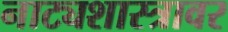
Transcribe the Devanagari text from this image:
नाट्यशास्त्रावर